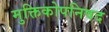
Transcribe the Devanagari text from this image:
मुक्तिकोपनिषद